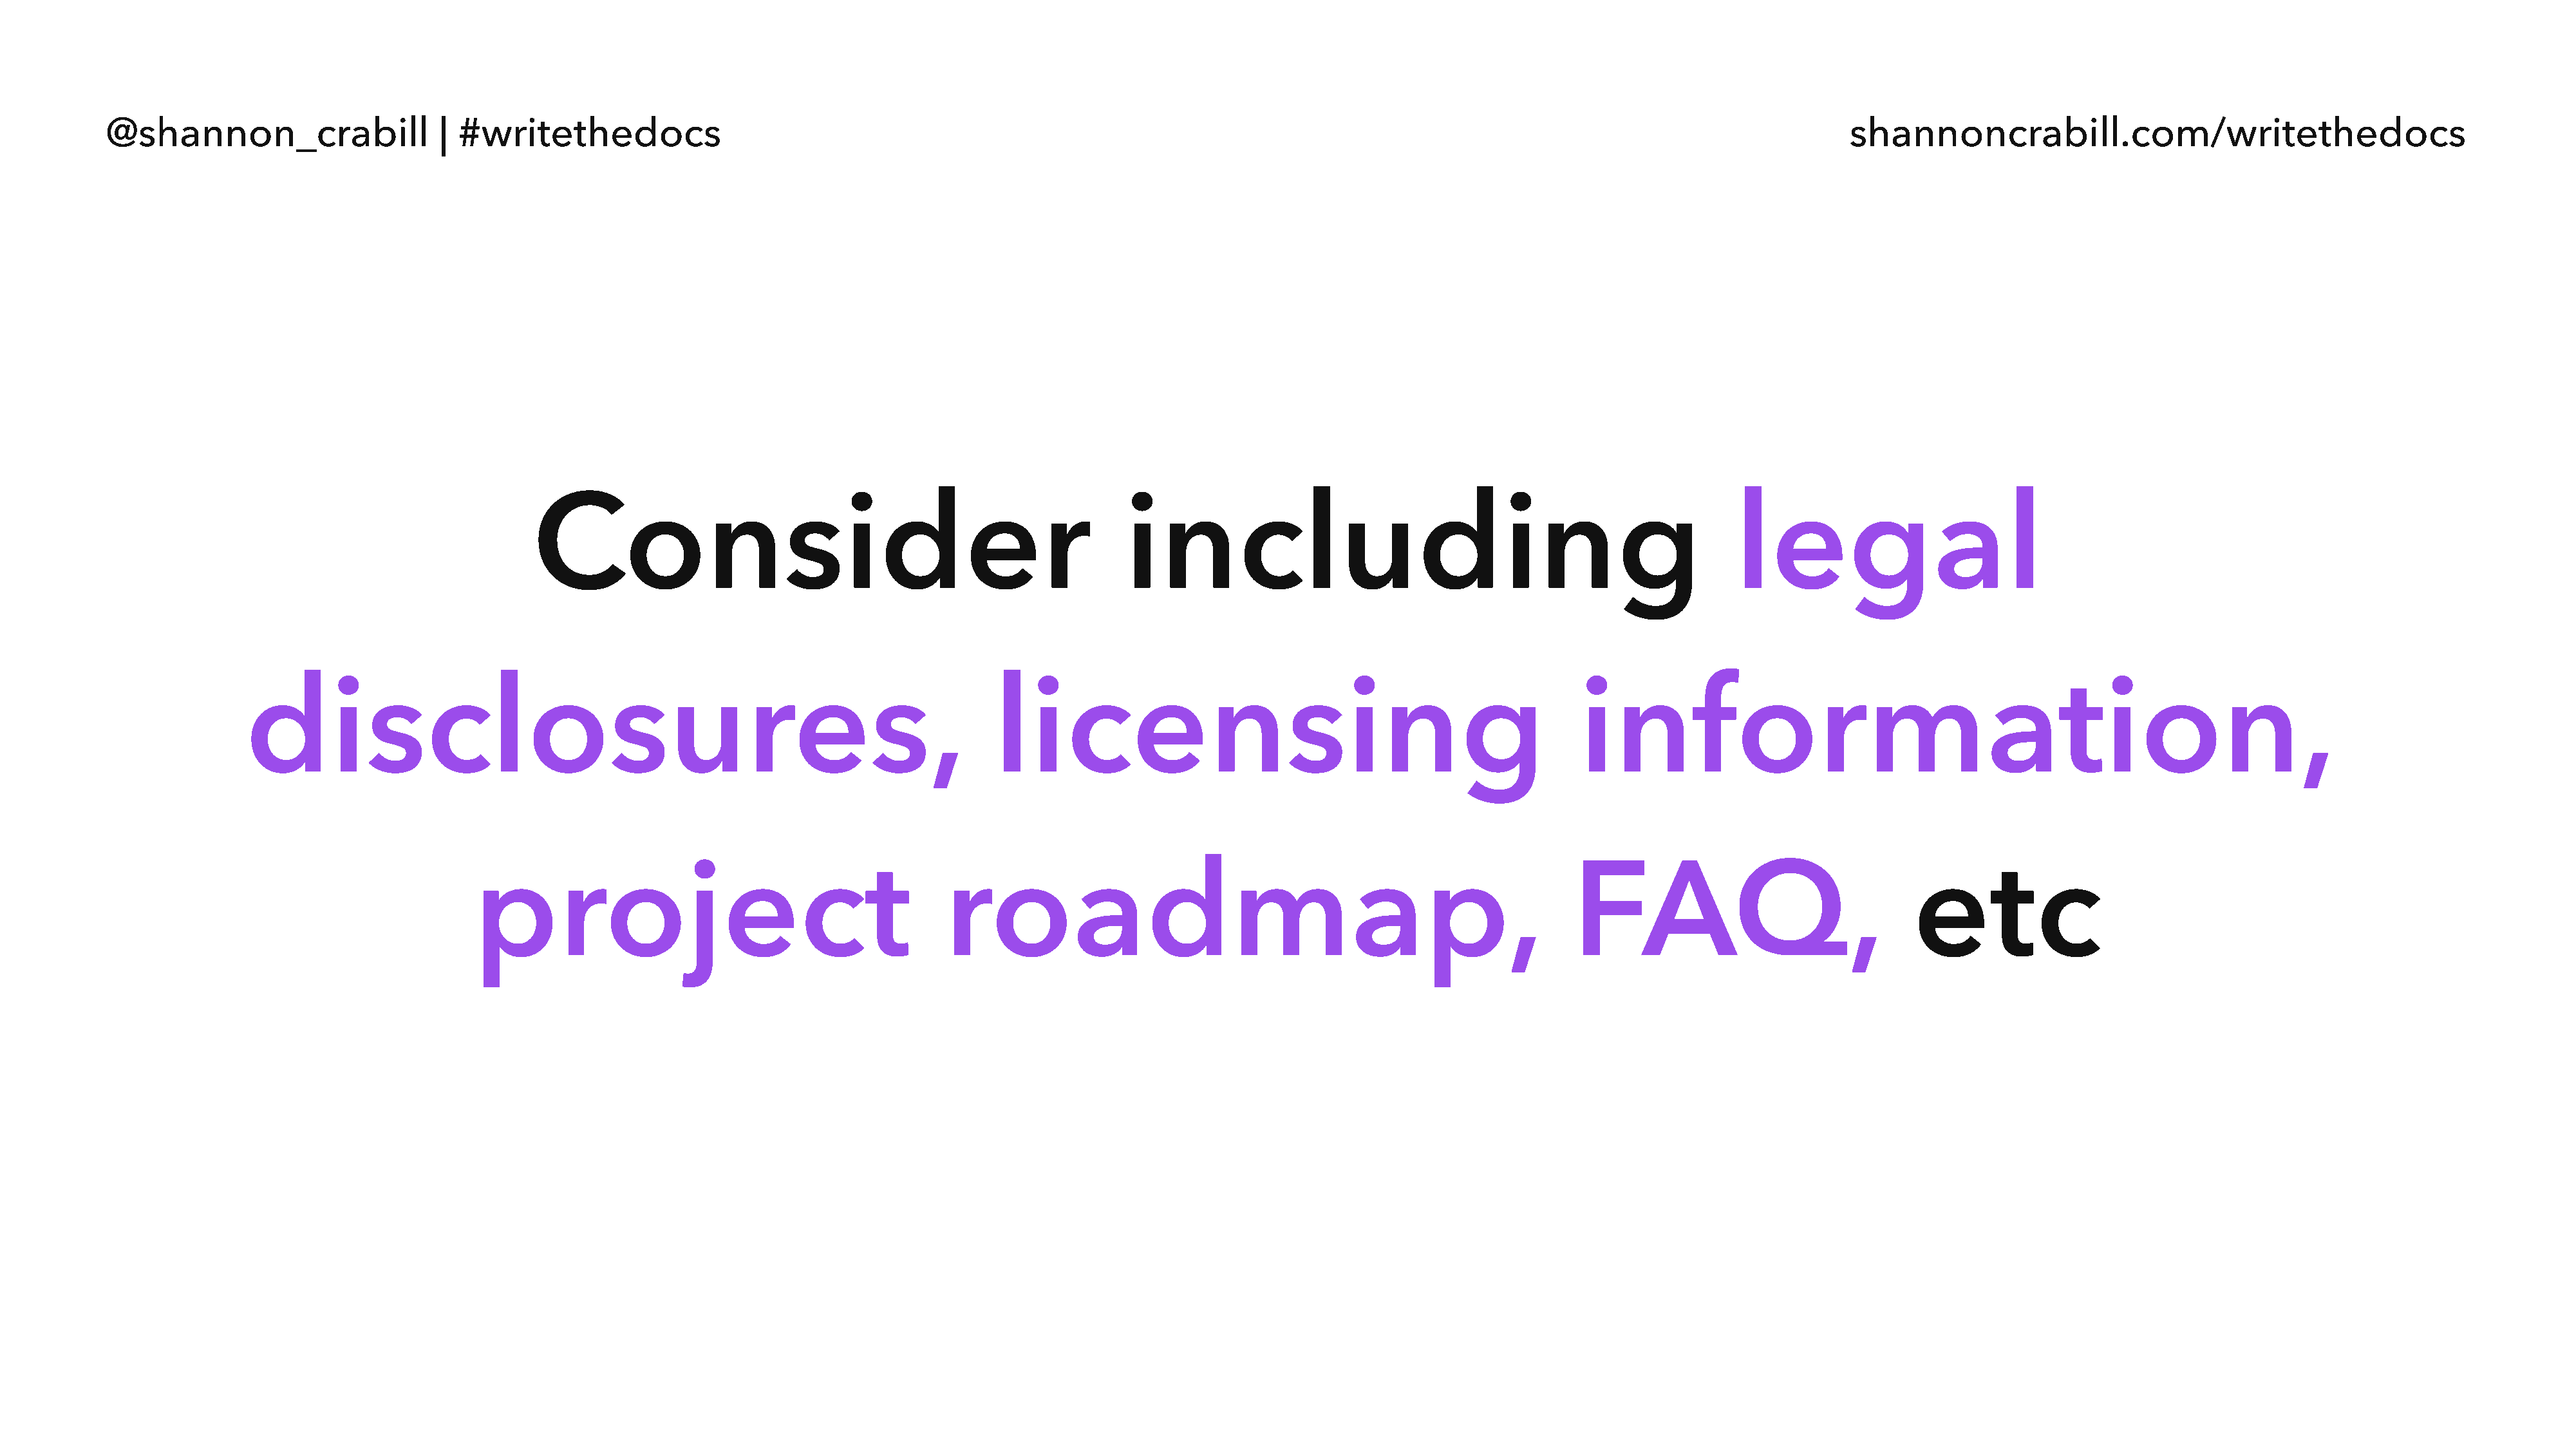
@shannon_crabill                  | #writethedocs                                                                                                                                  shannoncrabill.com/writethedocs
 Consider                                                     including                                                     legal
 disclosures,                                                                 licensing                                                   information,
 project                                         roadmap,                                                         FAQ,                               etc